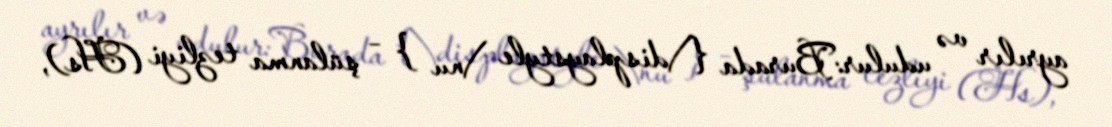
ayrılır və udulur:Burada {\displaystyle \nu } – şülanma tezliyi (Hs),